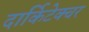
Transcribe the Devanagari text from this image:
दार्किटेक्चर